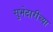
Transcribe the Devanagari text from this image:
सुभेदारीच्या